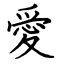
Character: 愛